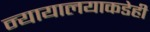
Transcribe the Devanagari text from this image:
न्यायालयाकडेही